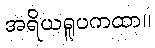
အရိယရူပကထာ။